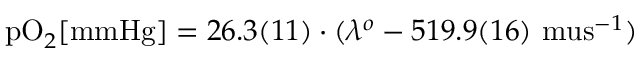
\mathrm { p O } _ { 2 } \mathrm { [ m m H g ] } = 2 6 . 3 ( 1 1 ) \cdot ( \lambda ^ { o } - 5 1 9 . 9 ( 1 6 ) \mathrm { \ m u s } ^ { - 1 } )